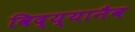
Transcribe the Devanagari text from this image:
विद्य्यानैव